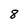
Character: 8